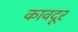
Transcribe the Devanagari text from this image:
कावदूर